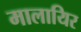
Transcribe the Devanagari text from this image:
मालायिर